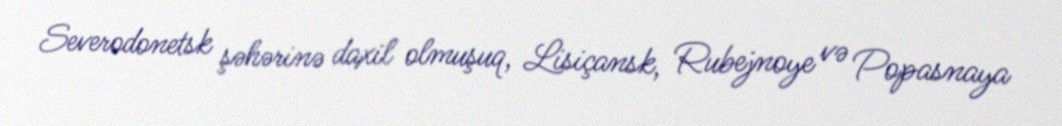
Severodonetsk şəhərinə daxil olmuşuq, Lisiçansk, Rubejnoye və Popasnaya